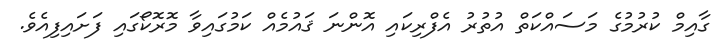
ގާއިމް ކުރުމުގެ މަސައްކަތް އުތުރު އެފްރިކައި އޮންނަ ޤައުމެއް ކަމުގައިވާ މޮރޮކޯގައި ފަށައިފިއެވެ.